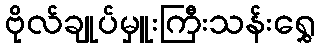
ဗိုလ်ချုပ်မှူးကြီးသန်းရွှေ